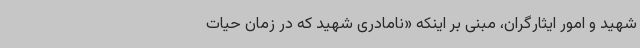
شهید و امور ایثارگران، مبنی بر اینکه «نامادری شهید که در زمان حیات